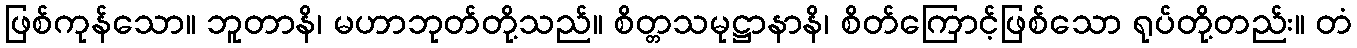
ဖြစ်ကုန်သော။ ဘူတာနိ၊ မဟာဘုတ်တို့သည်။ စိတ္တသမုဋ္ဌာနာနိ၊ စိတ်ကြောင့်ဖြစ်သော ရုပ်တို့တည်း။ တံ